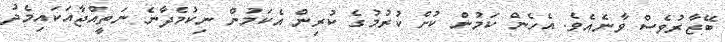
ބޭޒާރުވެސް ވާނެއެވެ. އެހެން ކަމުން ކުށް ކުރުމުގެ ކުރިން އެކަމުން ނިކުމެދާނެ ނަތީއްޖާއަކައިމެދު